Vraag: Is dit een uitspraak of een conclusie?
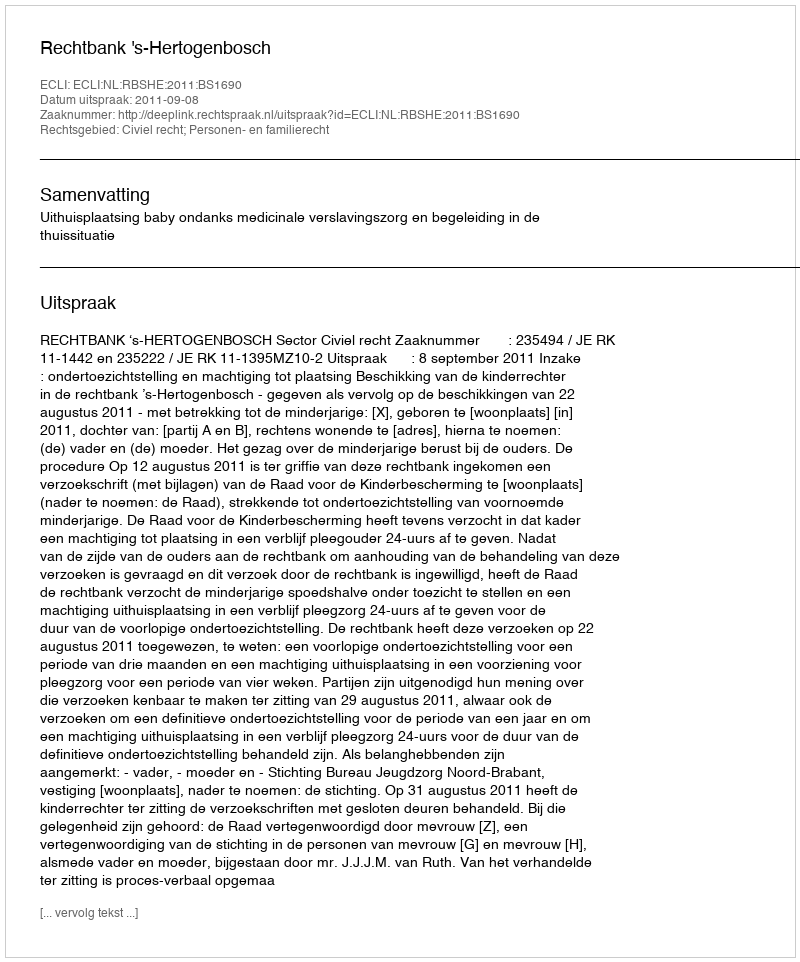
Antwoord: Uitspraak